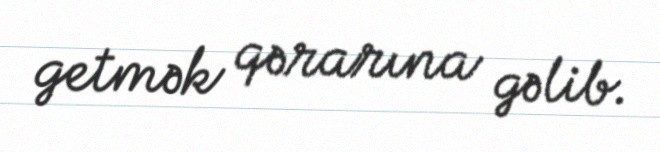
getmək qərarına gəlib.